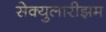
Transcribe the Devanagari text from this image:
सेक्युलारीझम